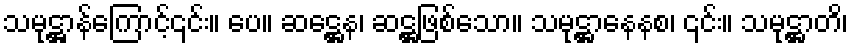
သမုဋ္ဌာန်ကြောင့်၎င်း။ ပေ။ ဆဋ္ဌေန၊ ဆဋ္ဌဖြစ်သော။ သမုဋ္ဌာနေနစ၊ ၎င်း။ သမုဋ္ဌာတိ၊